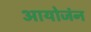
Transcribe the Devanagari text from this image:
आयोजंन